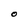
Character: O